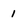
Character: 1